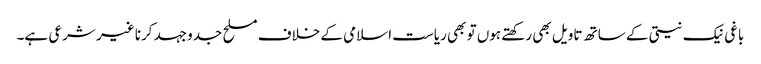
باغی نیک نیتی کے ساتھ تاویل بھی رکھتے ہوں تو بھی ریاست اسلامی کے خلاف مسلح جدوجہد کرنا غیر شرعی ہے۔